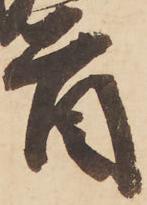
首